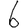
Digit: 6